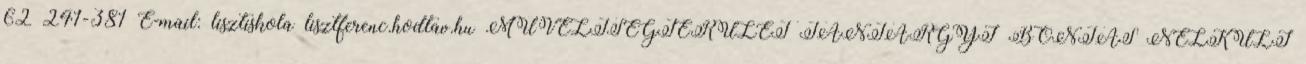
62 241-381 E-mail: lisztiskola lisztferenc.hodtav.hu MŰVELTSÉGTERÜLET TANTÁRGYI BONTÁS NÉLKÜLI